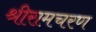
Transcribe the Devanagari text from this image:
श्रीरामचरण